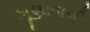
ખૂણાવાળી